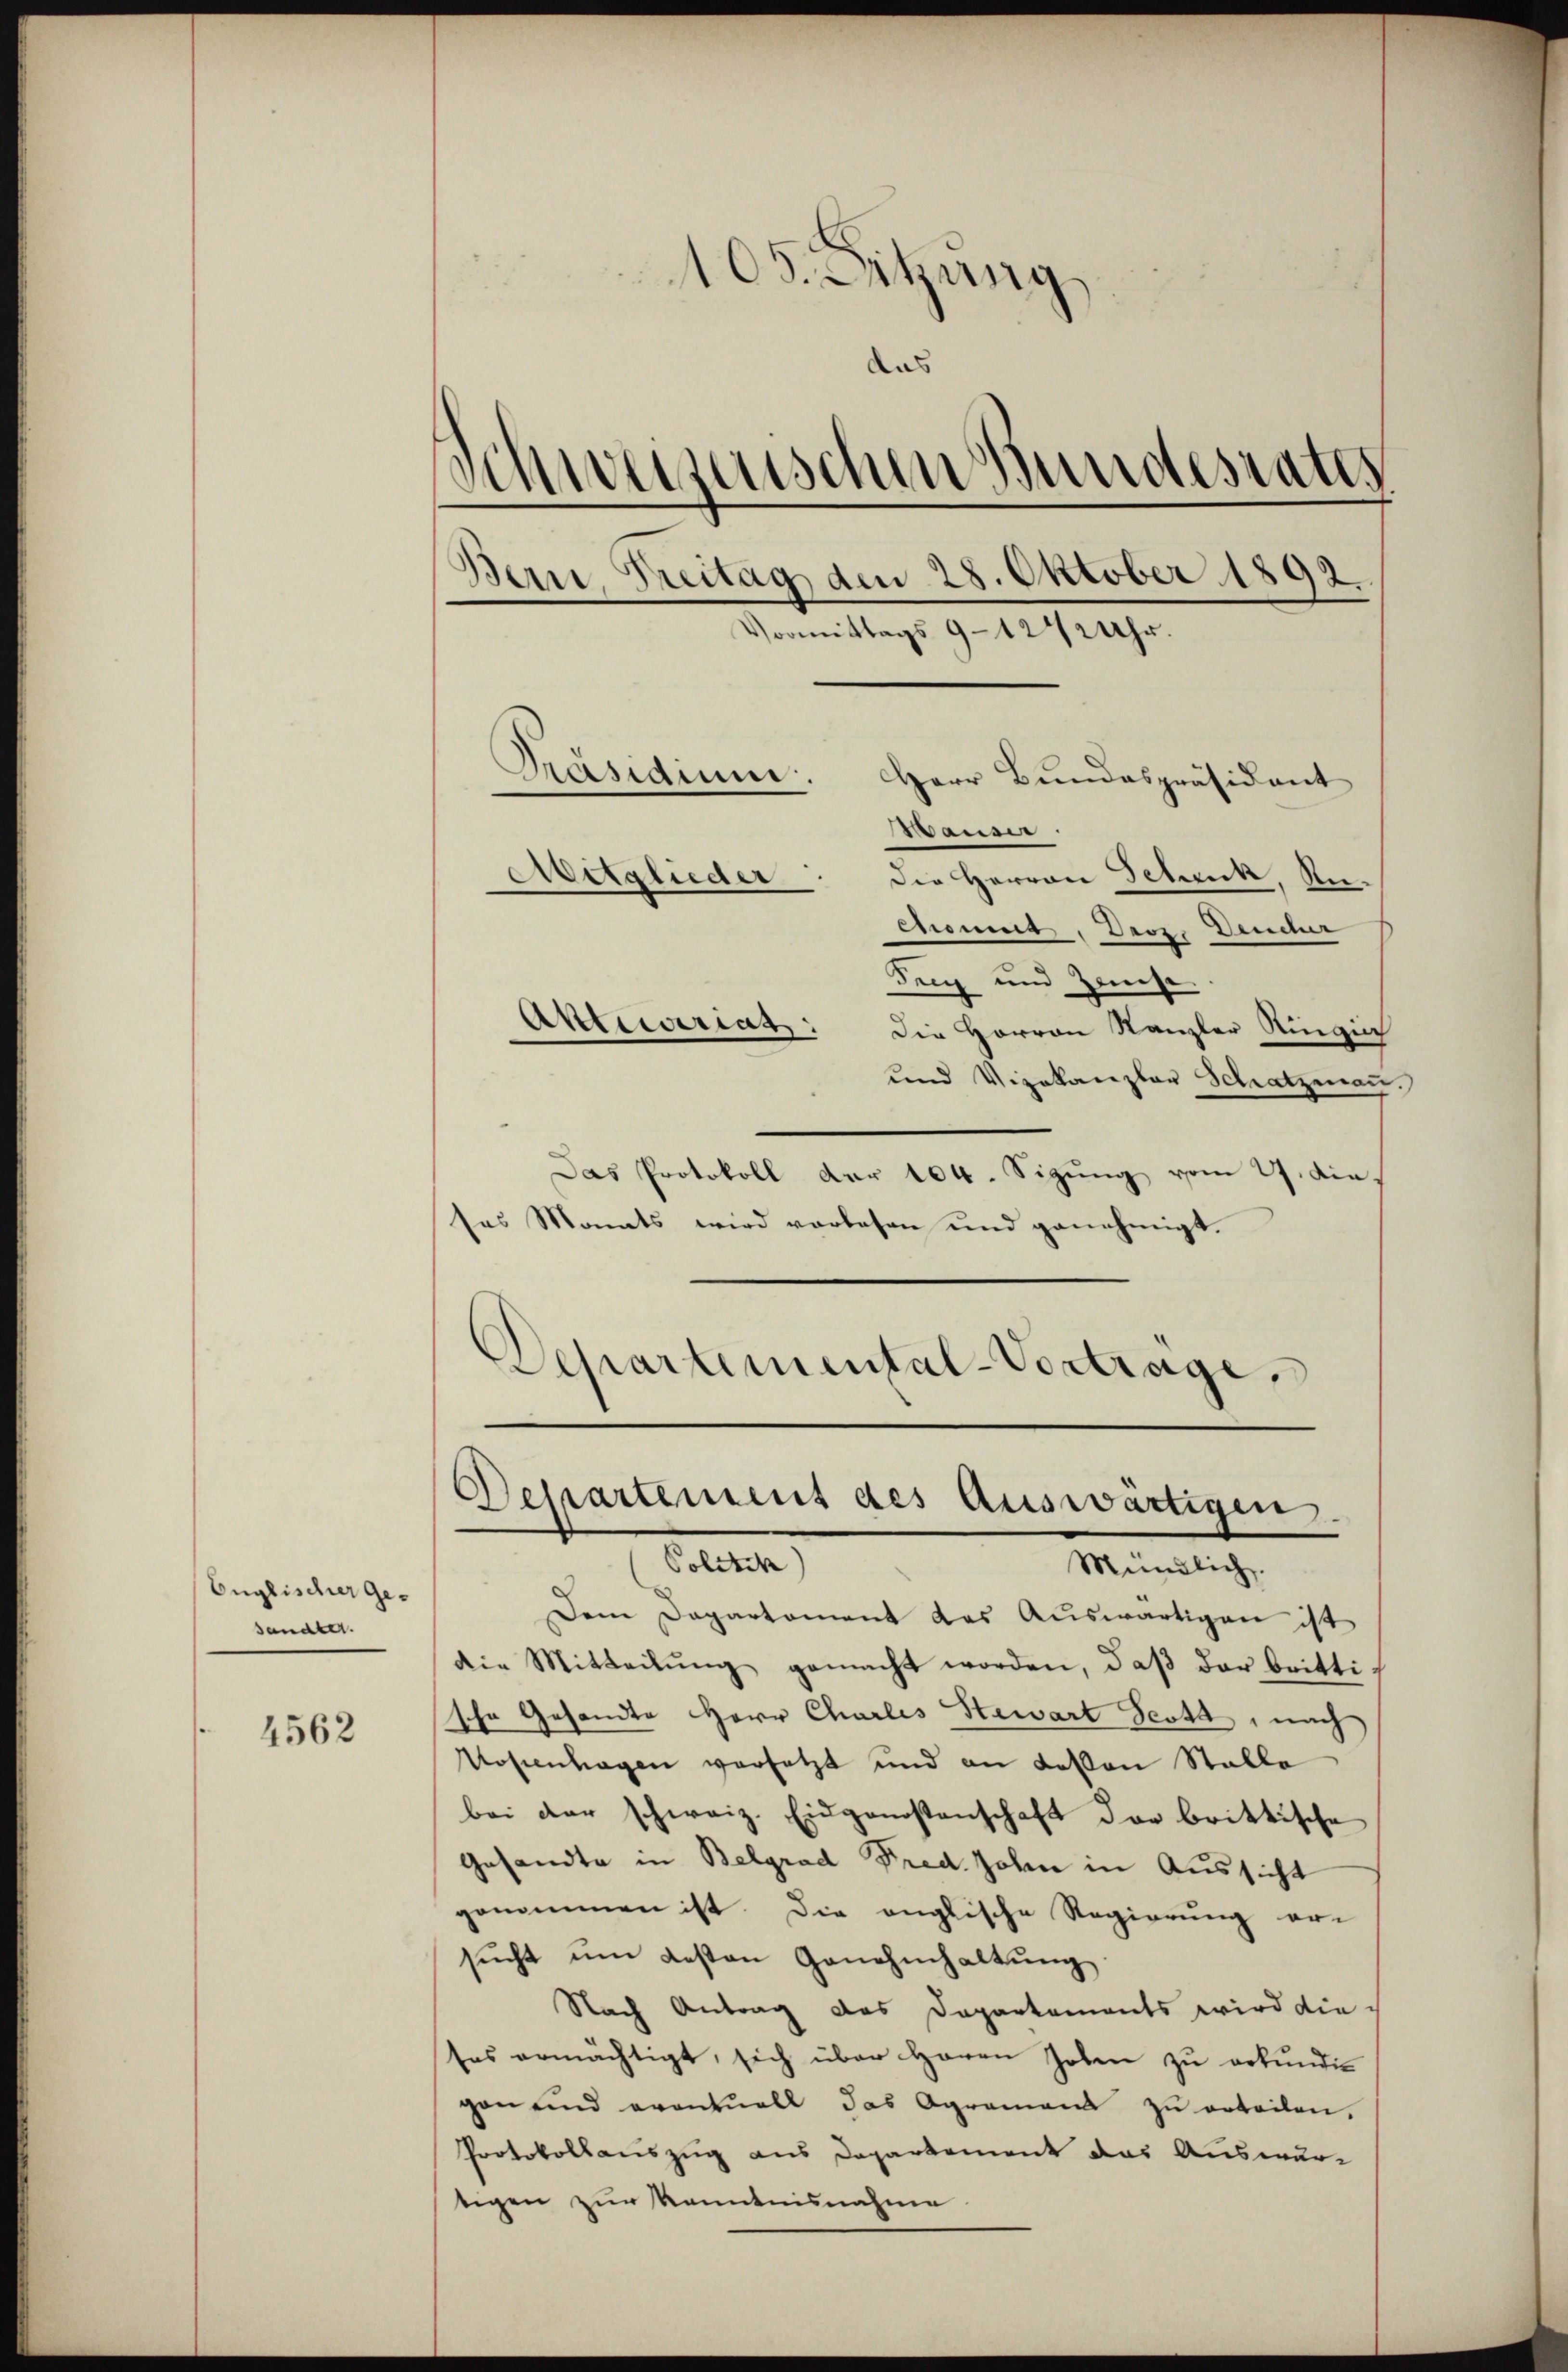
Englischer Gesändler.

4562

105. Sitzŭng
¬
das
d
vernischen Bundesrates
Bern, Freitag den 28. Oktober 1892
Vormittags 9 - 1242 Uhr.
Präsidium.
Herr Bundespräsident
—
Hauser
Aitglieder
Die Herren Schenk, Anenmus. Dez. Demuner
Teig und Zinse
Aktuariat
Die Herren Kanzler Ringin

und Vizekanzlar Schatzmaṅ.
Das Protokoll der 104. Sizung vom 27. dies
sas Monats wird vorlesen und genehmigt.
Departemental-Vortrage,

Dessartement des Auswärtigen.
Politik
Mündlich.

Dem Departament das Auswärtigen ist
die Mitteilŭng gemacht worden, daβ der britti-
sche Gesandte HHerr Charlis Stawart Testa, nach
Nopenhagen versetzt und an Lotton Stalle
bei der schweiz. Eidgenostenschaft der brittische
Gesandte in Belgrad Fred. Johann in Aussicht
genommen ist. Die englische Regierung er-
sŭcht um besten Genehmhaltung
Nach Antrag das Departements wird die
ses ermächtigt, sich über Herrn Joben zu erkundig
gen und eventuell das Agrament zŭ erteilen.
Protokollauszug aus Departement das Auswurtigen zur Kenntnisnahme